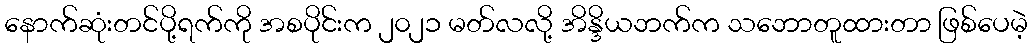
နောက်ဆုံးတင်ပို့ရက်ကို အစပိုင်းက ၂၀၂၁ မတ်လလို့ အိန္ဒိယဘက်က သဘောတူထားတာ ဖြစ်ပေမဲ့